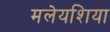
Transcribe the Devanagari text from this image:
मलेयशिया